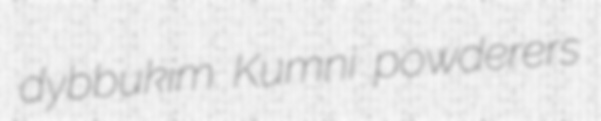
dybbukim Kumni powderers